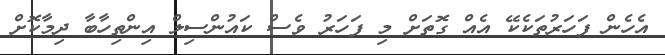
އެހެން ފަހަރުތަކެކޭ އެއް ގޮތަށް މި ފަހަރު ވެސް ކައުންސިލް އިންތިހާބާ ދިމާކޮށް